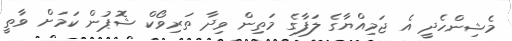
މެޝިންހެދީ އެ ޖަމިއްޔާގެ ލަފާގެ މަތިން ވިދާ ތަރިވޯކް ޝޮޕުން ކަމަށް ވާތީ